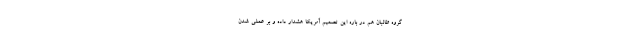
گروه طالبان هم در باره این تصمیم آمریکا هشدار داده و بر عملی شدن